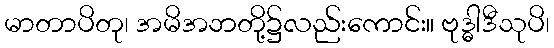
မာတာပိတု၊ အမိအဘတို့၌လည်းကောင်း။ ဗုဒ္ဓါဒီသုပိ၊